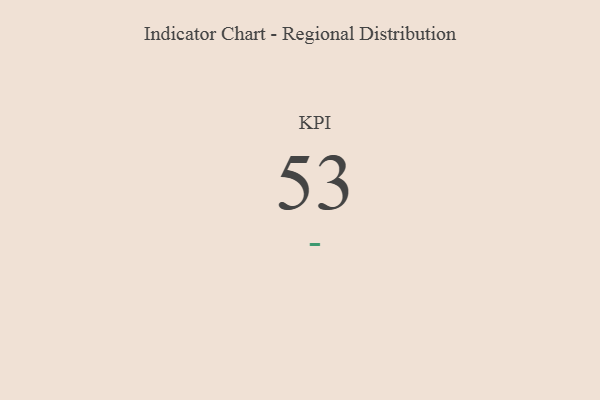
{"axis": {"x": "KPI", "y": "Value"}, "legend": [""], "data": [{"x": "KPI", "y": 53, "type": ""}]}